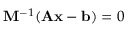
\mathbf { M } ^ { - 1 } ( \mathbf { A x } - \mathbf { b } ) = 0